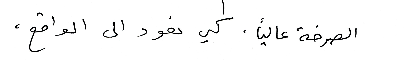
الصرخة عالياً . كي نعود الى الواقع،